Treatise on elephants
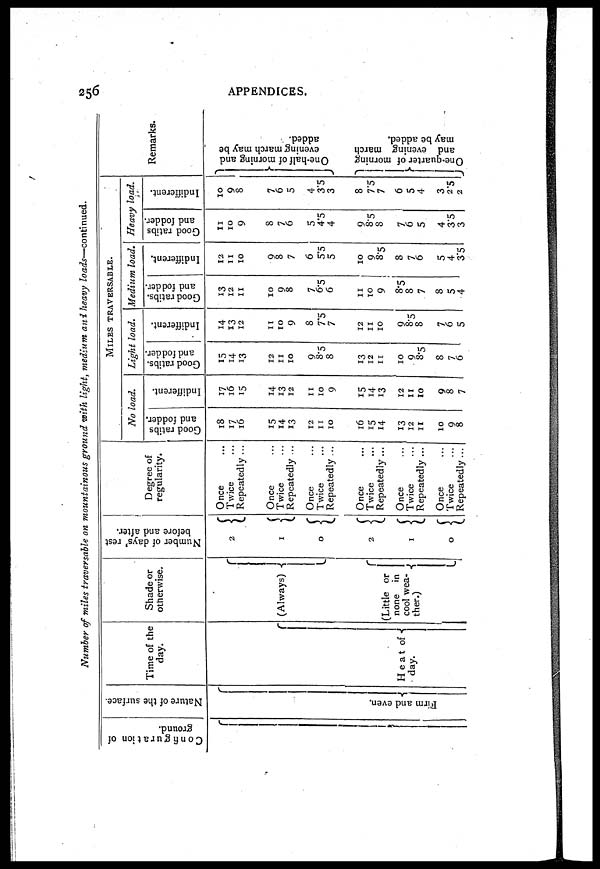
256
APPENDICES.
Number of miles traversable on mountainous ground with light, medium and heavy loads—continued.
Configuration of
ground.
Nature of the surface.
Fi r m and even.
Time of the
day.
Heat of
day.
Shade or
otherwise.
(Always)
(Little or
none in
cool wea-
ther.)
Number of days' rest
before and after.
2
1
0
2
1
0
Degree of
regularity.
Once
Twice
Repeatedly ...
Once
Twice
Repeatedly ...
Once
Twice
Repeatedly ...
Once
Twice
Repeatedly ...
Once
Twice
Repeatedly ...
Once
Twice
Repeatedly...
MILES
TRAVERSABLE.
No load.
Good ratibs
and fodder.
18
17
16
15
14
13
12
11
10
16
15
14
13
12
11
10
9
8
Indifferent.
17
16
15
14
13
12
11
10
9
15
14
13
12
11
10
9
8
7
Light load.
Good ratibs.
and fodder.
15
14
13
12
11
10
9
8.5
8
13
12
11
10
9
8.5
8
7
6
Indifferent.
14
13
12
11
10
9
8
7.5
7
12
11
10
9
8.5
8
7
6
5
Medium load.
Good ratibs-
and fodder.
13
12
11
10
9
8
7
6.5
6
11
10
9
8.5
8
7
8
5
4
Indifferent.
12
11
10
9
8
7
6
5.5
5
10
9
8.5
8
7
6
5
4
3.5
Heavy load.
Good ratibs
and fodder.
11
10
9
8
7
6
5
4.5
4
9
8.5
8
7
6
5
4
3.5
3
Indifferent.
10
9
8
7
6
5
4
3.5
3
8
7.5
7
6
5
4
3
2.5
2
Remarks.
One-half of morning and
evening march may be
added.
One -
qua r
t
e r of morning
and evening march
may be added.